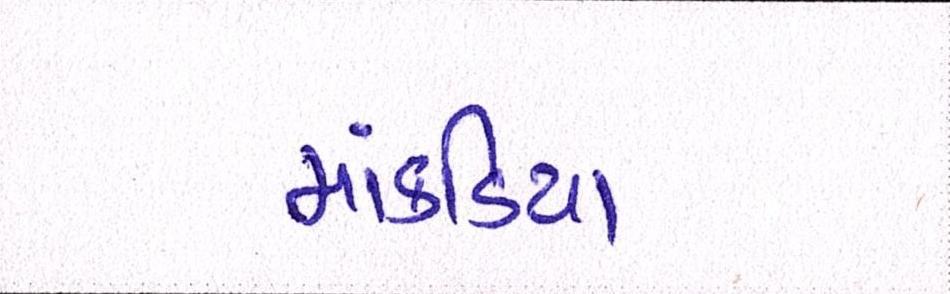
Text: માંકડિયા